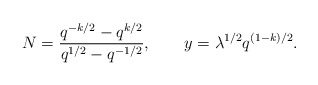
\begin{align*}N = {q^{-k/2} - q^{k/2}\over q^{1/2} - q^{-1/2}} , \qquad y = \lambda^{1/2} q^{(1-k)/2} .\end{align*}